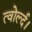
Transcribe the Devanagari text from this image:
त्वोर्ल्द।